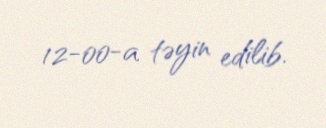
12-00-a təyin edilib.